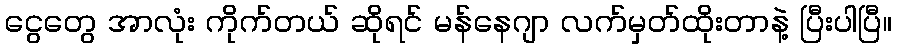
ငွေတွေ အာလုံး ကိုက်တယ် ဆိုရင် မန်နေဂျာ လက်မှတ်ထိုးတာနဲ့ ပြီးပါပြီ။